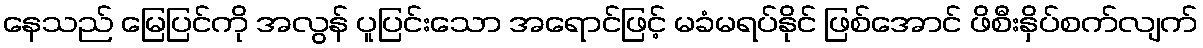
နေသည် မြေပြင်ကို အလွန် ပူပြင်းသော အရောင်ဖြင့် မခံမရပ်နိုင် ဖြစ်အောင် ဖိစီးနှိပ်စက်လျက်